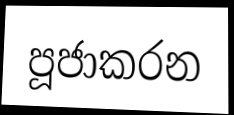
පූජාකරන